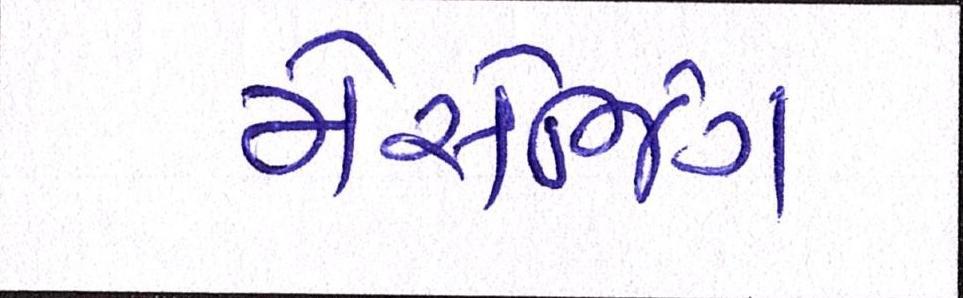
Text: મેસેજિંગ